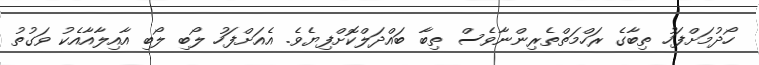
ހޯދުމަށްފަހު ތިބާގެ ރަހްމަތްތެރިންނާވެސް ތިބާ ބައްދަލްކޮށްފިޔެވެ. އެއަށްފަހު ލޯބި ލޯބި އާއިލާއާއެކު ވަގުތު